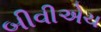
બીવીએચ